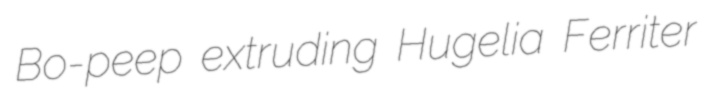
Bo-peep extruding Hugelia Ferriter